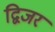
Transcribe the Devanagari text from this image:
द्विजर